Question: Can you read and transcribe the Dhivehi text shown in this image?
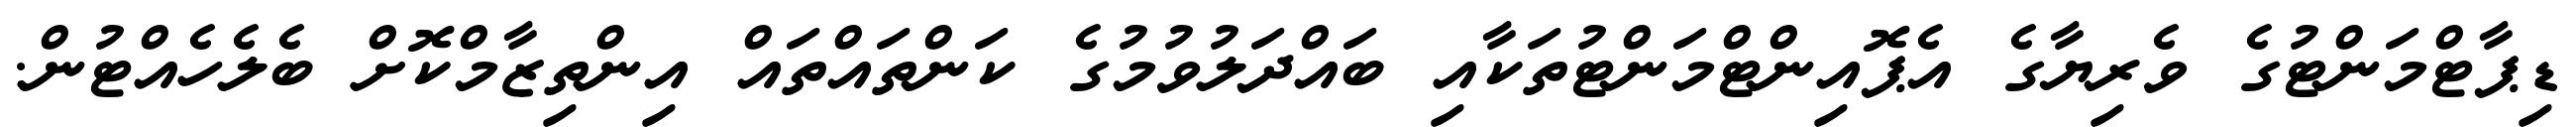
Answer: ޑިޕާޓްމަންޓުގެ ވެރިޔާގެ އެޕޮއިންޓްމަންޓުތަކާއި ބައްދަލުވުމުގެ ކަންތައްތައް އިންތިޒާމްކޮށް ބެލެހެއްޓުން.